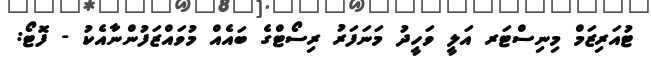
ޓުއަރިޒަމް މިނިސްޓަރ އަލީ ވަހީދު މަނަފަރު ރިސޯޓްގެ ބައެއް މުވައްޒަފުންނާއެކު - ފޮޓޯ: